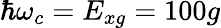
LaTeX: \hbar\omega_{c}=E_{xg}=100g